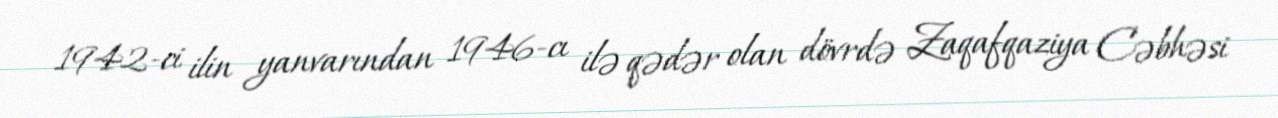
1942-ci ilin yanvarından 1946-cı ilə qədər olan dövrdə Zaqafqaziya Cəbhəsi